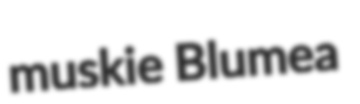
muskie Blumea